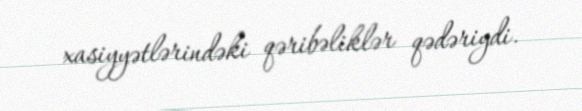
xasiyyətlərindəki qəribəliklər qədəriydi.